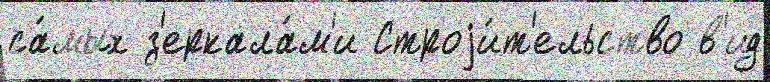
са́мых з'еркала́м'и Строjи́т'ельство в'ид